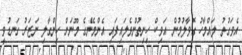
އެވަގުތު ލައްމާހު ގޮވާލުމުން އަވިކް ހިނިތުންވެލައިފައި އެންމެންެގެ މޫނަށް ހިންގާލި ނަޒަރު ގަނޑުވީ